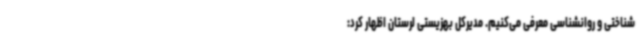
شناختی و روانشناسی معرفی می‌کنیم. مدیرکل بهزیستی لرستان اظهار کرد: